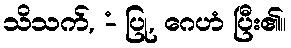
သိသက်, -ံ ပြု, ဂေဟံ ပြီး၏။